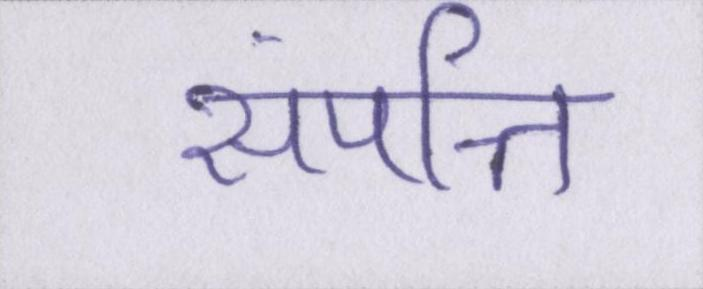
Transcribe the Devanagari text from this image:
संपत्ति